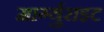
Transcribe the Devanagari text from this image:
मार्ग्युराइट